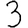
Digit: 3